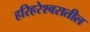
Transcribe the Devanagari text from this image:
हरिहरेश्वरातील